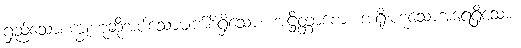
ရှည်သောစက္ခုဟုဆိုအပ်သောမျက်စိရှိသော။ အဋ္ဌိတ္တာစော၊ အရိုးဟူသောအရေရှိသော။